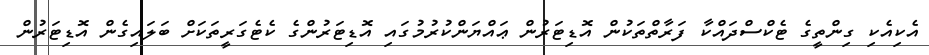
އެކިއެކި ގިންތީގެ ޓެކްސްދައްކާ ފަރާތްތަކުން އޮޑިޓަރުން ޢައްޔަންކުރުމުގައި އޮޑިޓަރުންގެ ކެޓެގަރީތަކަށް ބަލައިގެން އޮޑިޓަރުން